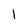
Character: l